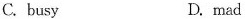
C. busy D.mad